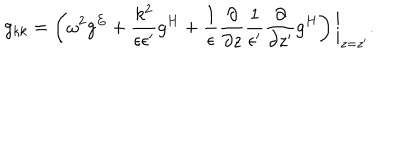
g _ { k k } = \left( \omega ^ { 2 } g ^ { E } + { \frac { k ^ { 2 } } { \epsilon \epsilon ^ { \prime } } } g ^ { H } + { \frac { 1 } { \epsilon } } { \frac { \partial } { \partial z } } { \frac { 1 } { \epsilon ^ { \prime } } } { \frac { \partial } { \partial z ^ { \prime } } } g ^ { H } \right) \bigg | _ { z = z ^ { \prime } } .